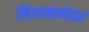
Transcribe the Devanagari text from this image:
निजामानंतर